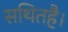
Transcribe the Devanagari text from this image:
सथितहै।